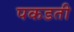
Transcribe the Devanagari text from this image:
पकडती